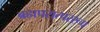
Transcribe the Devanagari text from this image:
ब्रह्मपरात्पररूप